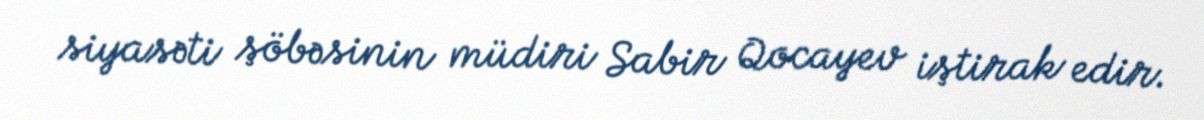
siyasəti şöbəsinin müdiri Sabir Qocayev iştirak edir.